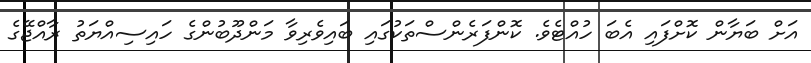
އަށް ބަޔާން ކޮށްފައި އެބަ ހުއްޓެވެ. ކޮންފަރެންސްތަކުގައި ބައިވެރިވާ މަންދޫބުންގެ ހައިސިއްޔަތު ރާއްޖޭގެ